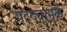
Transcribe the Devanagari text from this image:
पट्ट्यांमुळे